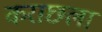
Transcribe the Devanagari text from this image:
कराछला